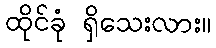
ထိုင်ခုံ ရှိသေးလား။